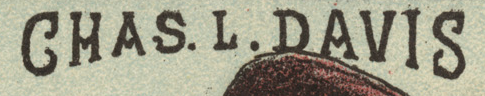
CMAS.L DAVIS